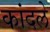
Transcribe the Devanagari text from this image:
कांदले